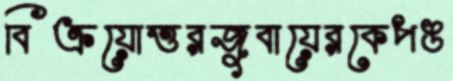
বিক্রয়োত্তরজুবায়েরকেপঙ